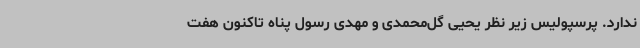
ندارد. پرسپولیس زیر نظر یحیی گل‌محمدی و مهدی رسول پناه تاکنون هفت